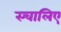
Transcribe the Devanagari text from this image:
स्चालिए